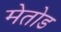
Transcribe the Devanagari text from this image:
मेतोड